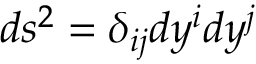
d s ^ { 2 } = \delta _ { i j } d y ^ { i } d y ^ { j }